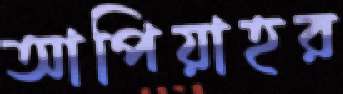
আপিয়াহর